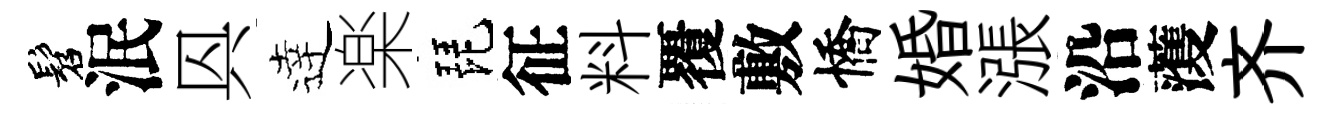
髫泯㒷逹楽琵征料覆敷憍婚漲沿𮑮齐